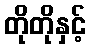
တိုတိုနှင့်